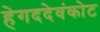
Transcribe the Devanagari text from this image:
हेगददेवंकोट